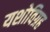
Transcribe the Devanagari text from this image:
यशोविग्रह